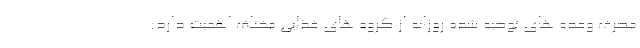
مصرف وعده های توصیه شده روزانه از گروه های غذایی مختلف اهمیت دارد: